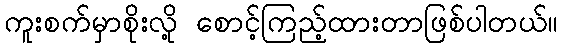
ကူးစက်မှာစိုးလို့ စောင့်ကြည့်ထားတာဖြစ်ပါတယ်။